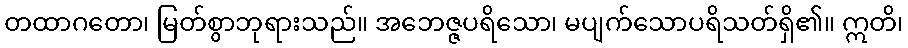
တထာဂတော၊ မြတ်စွာဘုရားသည်။ အဘေဇ္ဇပရိသော၊ မပျက်သောပရိသတ်ရှိ၏။ ဣတိ၊